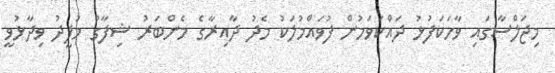
މިޖަލްސާގައި ވާހަކަފުޅު ދައްކަވަމުން ފުވައްމުލަކު މެދު ދާއިރާގެ މެންބަރު ޝިފާގު މުފީދު ވިދާޅުވީ